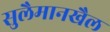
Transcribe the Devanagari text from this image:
सुलैमानखैल